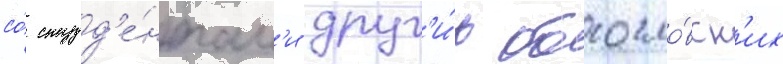
со́ студ'е́нтам'и друг'и́х богосло́вск'их